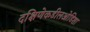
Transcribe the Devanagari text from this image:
दक्षिणेकडीलओडिशा